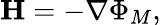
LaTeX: \mathbf{H}=-\nabla\Phi_{M},